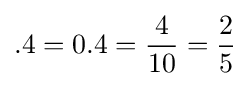
.4=0.4={\frac {4}{10}}={\frac {2}{5}}